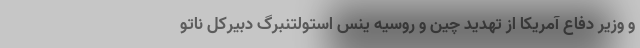
و وزیر دفاع آمریکا از تهدید چین و روسیه ینس استولتنبرگ دبیرکل ناتو